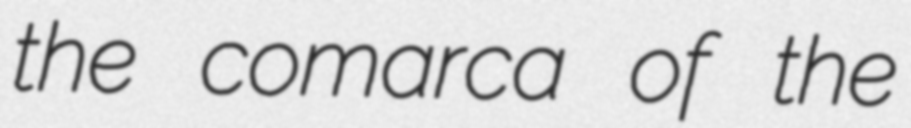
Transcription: the comarca of the